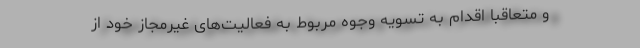
و متعاقباً اقدام به تسویه وجوه مربوط به فعالیت‌های غیرمجاز خود از